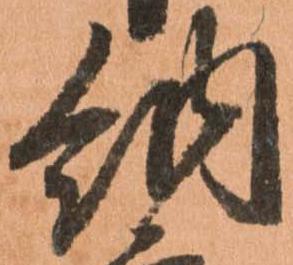
納